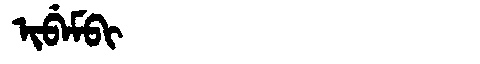
Manchu: ᡳᠪᡝᠮᠪᡳ
Romanization: IBEMBI